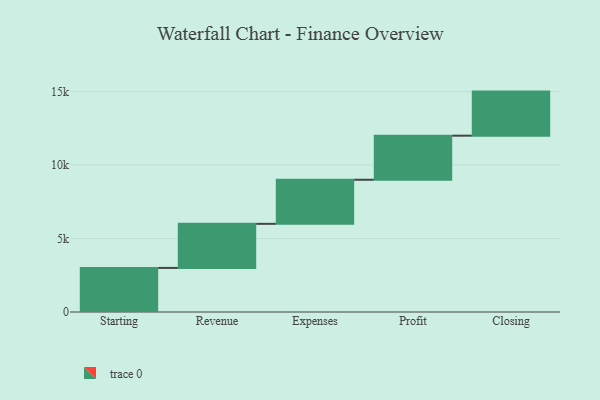
{"axis": {"x": "Step", "y": "Value"}, "legend": [""], "data": [{"x": "Starting", "y": 3000, "type": ""}, {"x": "Revenue", "y": 3000, "type": ""}, {"x": "Expenses", "y": 3000, "type": ""}, {"x": "Profit", "y": 3000, "type": ""}, {"x": "Closing", "y": 3000, "type": ""}]}